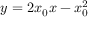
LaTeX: y = 2 x _ { 0 } x - x _ { 0 } ^ { 2 }